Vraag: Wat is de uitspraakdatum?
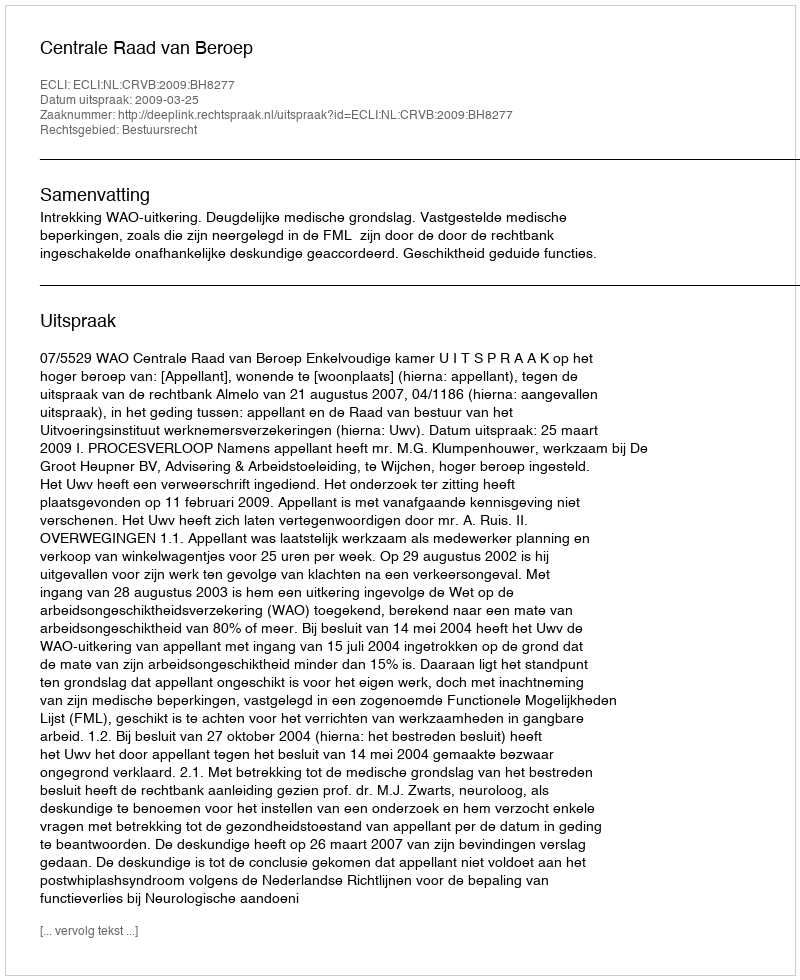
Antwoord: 2009-03-25